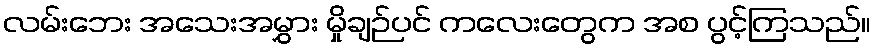
လမ်းဘေး အသေးအမွှား မှိုချဉ်ပင် ကလေးတွေက အစ ပွင့်ကြသည်။